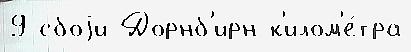
9 сбоjи Дорнб'ирн к'илом'е́тра